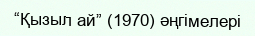
“Қызыл ай” (1970) әңгімелері